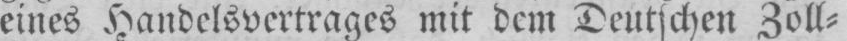
eines Handelsvertrages mit dem Deutschen Zoll⸗